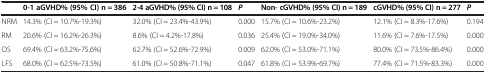
<table><thead><tr><td><b> </b></td><td><b>0-1 aGVHD% (95% CI) n = 386</b></td><td><b>2-4 aGVHD% (95% CI) n = 108</b></td><td><b><i>P</i></b></td><td><b>Non- cGVHD% (95% CI) n = 189</b></td><td><b>cGVHD% (95% CI) n = 277</b></td><td><b><i>P</i></b></td></tr></thead><tbody><tr><td>NRM</td><td>14.3% (CI = 10.7%-19.3%)</td><td>32.0% (CI = 23.4%-43.9%)</td><td>0.000</td><td>15.7% (CI = 10.6%-23.2%)</td><td>12.1% (CI = 8.3%-17.6%)</td><td>0.194</td></tr><tr><td>RM</td><td>20.6% (CI = 16.2%-26.3%)</td><td>8.6% (CI = 4.2%-17.8%)</td><td>0.036</td><td>25.4% (CI = 19.0%-34.0%)</td><td>11.6% (CI = 7.6%-17.5%)</td><td>0.000</td></tr><tr><td>OS</td><td>69.4% (CI = 63.2%-75.6%)</td><td>62.7% (CI = 52.6%-72.9%)</td><td>0.009</td><td>62.0% (CI = 53.0%-71.1%)</td><td>80.0% (CI = 73.5%-86.4%)</td><td>0.000</td></tr><tr><td>LFS</td><td>68.0% (CI = 62.5%-73.5%)</td><td>61.0% (CI = 50.8%-71.1%)</td><td>0.047</td><td>61.8% (CI = 53.9%-69.7%)</td><td>77.4% (CI = 71.5%-83.3%)</td><td>0.000</td></tr></tbody></table>